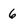
Character: 6